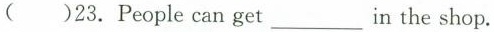
( )23.People can get ___ in the shop.